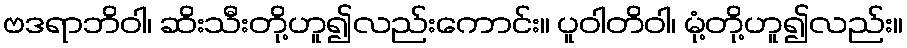
ဗဒရာဘိဝါ၊ ဆိးသီးတို့ဟူ၍လည်းကောင်း။ ပူဝါတိဝါ၊ မုံ့တို့ဟူ၍လည်း။